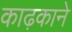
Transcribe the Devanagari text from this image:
काढ़काने